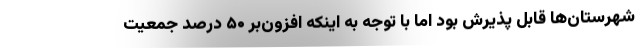
شهرستان‌ها قابل پذیرش بود اما با توجه به اینکه افزون‌بر ۵۰ درصد جمعیت